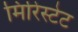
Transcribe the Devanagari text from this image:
मिरिस्टेट